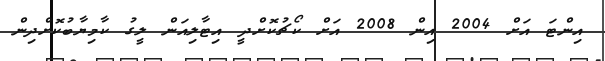
އިންޓަ އަށް 2004 އިން 2008 އަށް ކޯޗުކޮށްދީ އިޓާލިއަން ލީގު ކާމިޔާބުކޮށްދިން